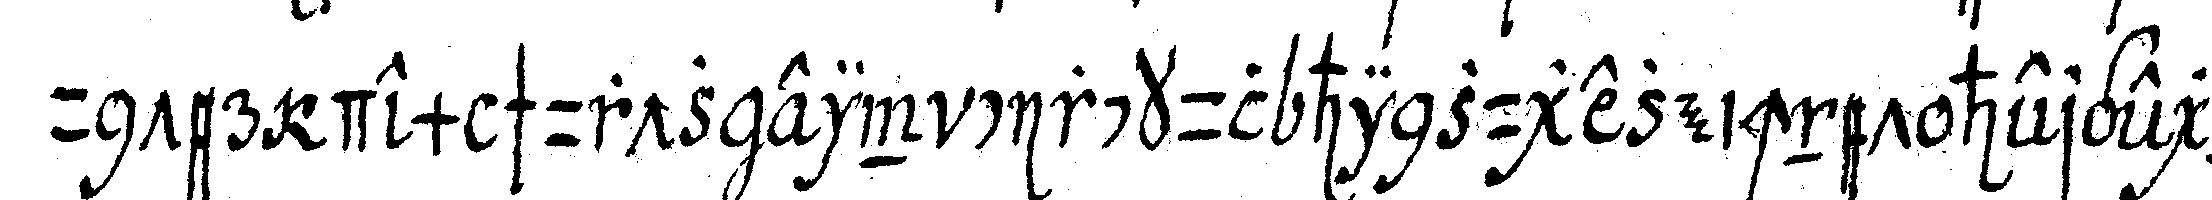
unter dem schurtz ein circkul hinzugezeichnet hergegeN